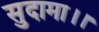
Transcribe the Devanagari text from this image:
सुदामा।।